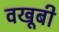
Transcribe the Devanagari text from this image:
वखूबी